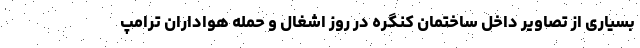
بسیاری از تصاویر داخل ساختمان کنگره در روز اشغال و حمله هواداران ترامپ